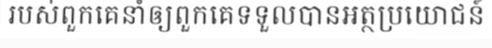
របស់ពួកគេនាំឲ្យពួកគេទទួលបានអត្ថប្រយោជន៍